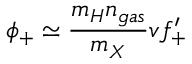
\phi _ { + } \simeq \frac { m _ { H } n _ { g a s } } { m _ { X } } v f _ { + } ^ { \prime }